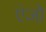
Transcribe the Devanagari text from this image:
एंजो